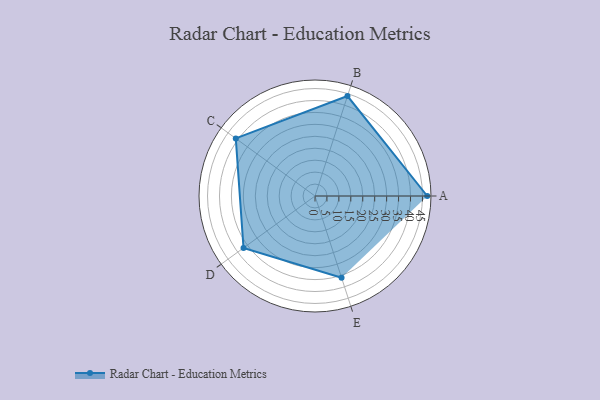
{"axis": {"x": "Skill", "y": "Score"}, "legend": ["Profile"], "data": [{"x": "A", "y": 47.0, "type": "Profile"}, {"x": "B", "y": 44.0, "type": "Profile"}, {"x": "C", "y": 41.0, "type": "Profile"}, {"x": "D", "y": 37.0, "type": "Profile"}, {"x": "E", "y": 36.0, "type": "Profile"}]}